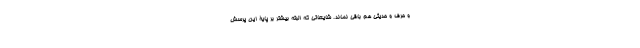
و حرف و حدیثی هم باقی نمانَد. شایعاتی که البته بیشتر بر پایۀ این پرسش